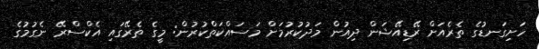
ހަށިގަނޑުގެ ތެރެއަށް ރޭޑިއޭޝަން ދިއުން މަދުކުރުމަށް މަސައްކަތްކުރުން: މީގެ ތެރޭގައި އެކްސްރޭ ނެގުމުގެ